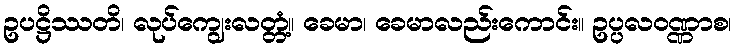
ဥပဋ္ဌိဿတိ၊ လုပ်ကျွေးလတ္တံ့။ ခေမာ၊ ခေမာလည်းကောင်း။ ဥပ္ပလဝဏ္ဏာစ၊